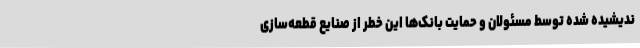
ندیشیده شده توسط مسئولان و حمایت بانک‌ها این خطر از صنایع قطعه‌سازی